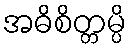
အဓိစိတ္တမ္ပိ